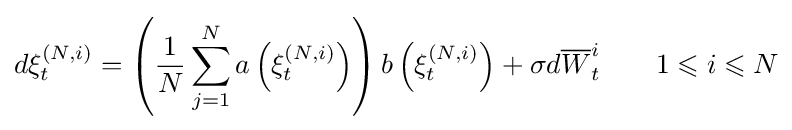
d\xi _{t}^{(N,i)}=\left({\frac {1}{N}}\sum _{j=1}^{N}a\left(\xi _{t}^{(N,i)}\right)\right)b\left(\xi _{t}^{(N,i)}\right)+\sigma d{\overline {W}}_{t}^{i}\qquad 1\leqslant i\leqslant N